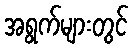
အရွက်များတွင်